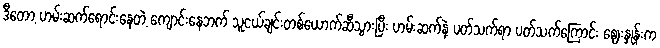
ဒီတော့ ဟမ်းဆက်ရောင်းနေတဲ့ ကျောင်းနေဘက် သူငယ်ချင်းတစ်ယောက်ဆီသွားပြီး ဟမ်းဆက်နဲ့ ပတ်သက်ရာ ပတ်သက်ကြောင်း ဈေးနှုန်းက